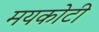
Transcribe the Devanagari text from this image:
मयकोटी